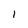
Character: l